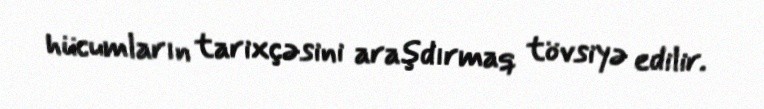
hücumların tarixçəsini araşdırmaq tövsiyə edilir.